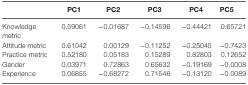
<table><thead><tr><td></td><td><b>PC1</b></td><td><b>PC2</b></td><td><b>PC3</b></td><td><b>PC4</b></td><td><b>PC5</b></td></tr></thead><tbody><tr><td>Knowledge metric</td><td>0.59061</td><td>−0.01687</td><td>−0.14596</td><td>−0.44421</td><td>0.65721</td></tr><tr><td>Attitude metric</td><td>0.61042</td><td>0.00129</td><td>−0.11252</td><td>−0.25045</td><td>−0.7423</td></tr><tr><td>Practice metric</td><td>0.52180</td><td>0.05183</td><td>0.15289</td><td>0.82803</td><td>0.12652</td></tr><tr><td>Gender</td><td>0.03971</td><td>0.72863</td><td>0.65632</td><td>−0.19169</td><td>−0.0008</td></tr><tr><td>Experience</td><td>0.06855</td><td>−0.68272</td><td>0.71546</td><td>−0.13120</td><td>−0.0089</td></tr></tbody></table>